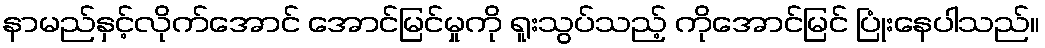
နာမည်နှင့်လိုက်အောင် အောင်မြင်မှုကို ရူးသွပ်သည့် ကိုအောင်မြင် ပြုံးနေပါသည်။